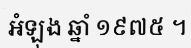
អំឡុង ឆ្នាំ ១៩៧៥ ។